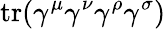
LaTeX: \operatorname{tr}(\gamma^{\mu}\gamma^{\nu}\gamma^{\rho}\gamma^{\sigma})